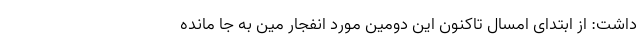
داشت: از ابتدای امسال تاکنون این دومین مورد انفجار مین به جا مانده